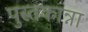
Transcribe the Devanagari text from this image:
पुस्तकान्ना